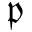
\mathfrak { p }